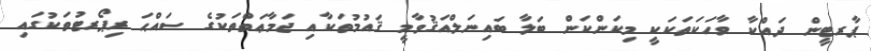
ޕާރޓީން ދައްކާ ވާހަކަތަކަކީ މިކަންކަން ބަލާ ބައިނަލްއަޤުވާމީ ޤައުމުތަކާއި ޖަމާޢަތްތަކުގެ ސައްޙަ ރިޕޯރޓުތަކުގައި